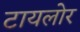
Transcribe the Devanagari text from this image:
टायलोर